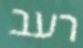
רעב